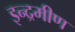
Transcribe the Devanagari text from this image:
इन्द्रमीण